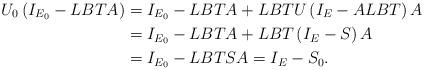
LaTeX: \begin{align*}U_{0}\left(I_{E_{0}} - LBTA\right)&= I_{E_{0}} - LBTA + LBTU\left(I_{E} - ALBT\right)A \\&=I_{E_{0}} - LBTA + LBT\left(I_{E} - S\right)A \\&=I_{E_{0}} - LBTSA = I_{E} - S_{0}. \end{align*}